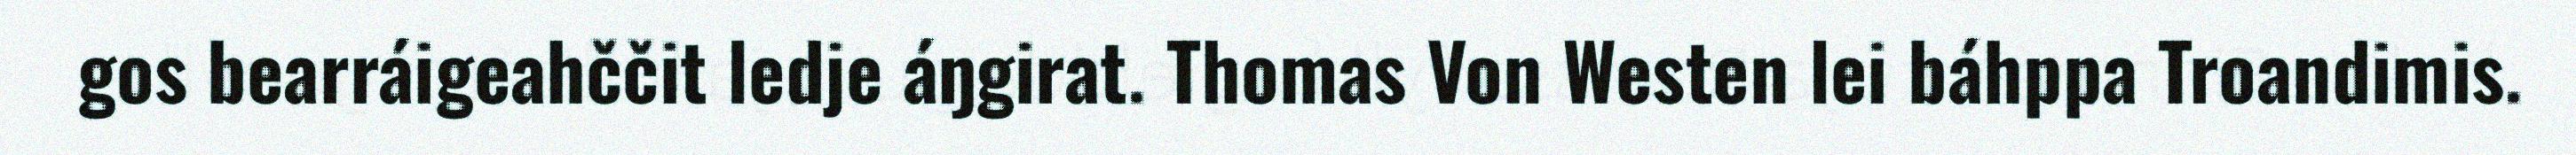
gos bearráigeahččit ledje áŋgirat. Thomas Von Westen lei báhppa Troandimis.